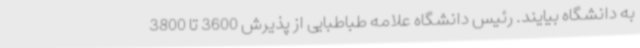
به دانشگاه بیایند. رئیس دانشگاه علامه طباطبایی از پذیرش 3600 تا 3800